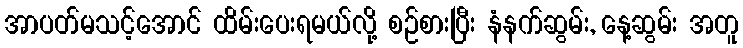
အာပတ်မသင့်အောင် ထိမ်းပေးရမယ်လို့ စဉ်စားပြီး နံနက်ဆွမ်း, နေ့ဆွမ်း အတူ